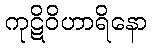
ကုဋိဝိဟာရိနော